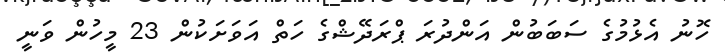
ހޮނު އެޅުމުގެ ސަބަބުން އަންދުރަ ޕްރަދޭޝްގެ ހަތް އަވަށަކުން 23 މީހުން ވަނީ